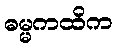
ဓမ္မကထိက